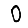
Digit: 0